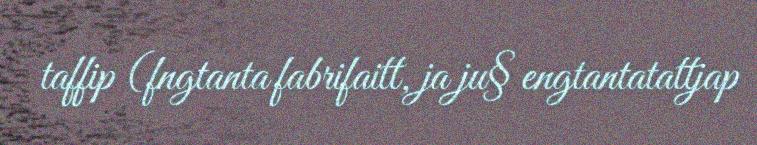
taffip (fngtanta fabrifaitt, ja ju§ engtantatattjap